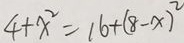
4 + x ^ { 2 } = 1 6 + ( 8 - x ) ^ { 2 }